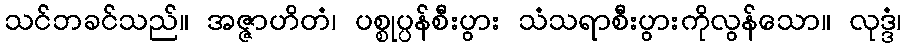
သင်ဘခင်သည်။ အဇ္ဇာဟိတံ၊ ပစ္စုပ္ပန်စီးပွား သံသရာစီးပွားကိုလွန်သော။ လုဒ္ဒံ၊